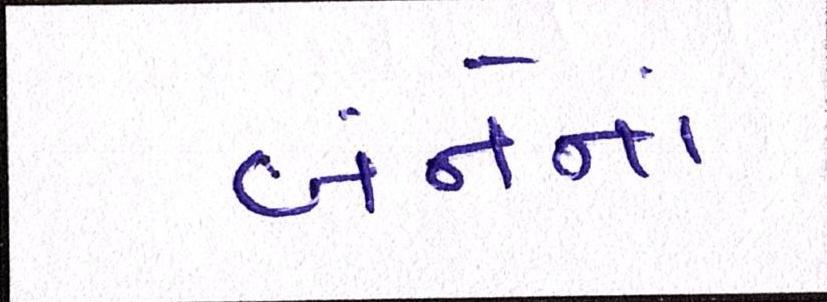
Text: બંનેનાં